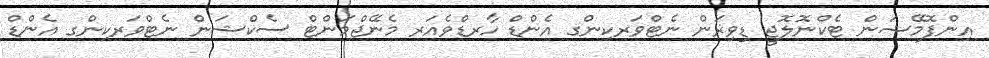
އިންފޮމޭޝަން ޓެކްނޮލޮޖީ ޑިވިޜަން ނެޓްވަރކިންގ އެންޑް ހާރޑްވެއަރ މެނޭޖްމަންޓް ސެކްޝަން ނެޓްވަރކިންގ އެންޑް